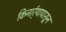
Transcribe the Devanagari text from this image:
किनार्र्यापासून